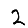
Digit: 2